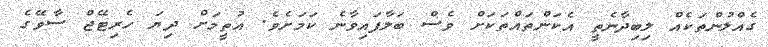
ގެއްލުންތަކެއް ލިބިދާނެތީ އެކަންތައްތަކަށް ވެސް ބަލާފައިވާނެ ކަމަށެވެ. އުތީމަށް ދިޔަ ހެރިޓޭޖް ސާވޭގެ